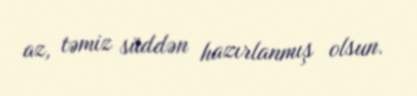
az, təmiz süddən hazırlanmış olsun.